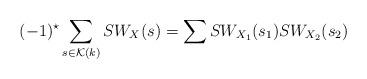
LaTeX: \begin{align*}(-1)^{\star}\sum_{s \in \mathcal{K}(k)} SW_{X} (s) = \sum SW_{X_1} (s_1) SW_{X_2} (s_2)\end{align*}